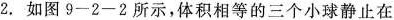
2.如图9-2-2所示，体积相等的三个小球静止在